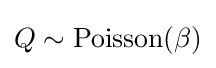
Q\sim \mathrm {Poisson} (\beta )